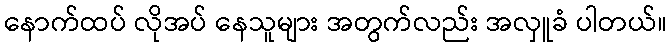
နောက်ထပ် လိုအပ် နေသူများ အတွက်လည်း အလှူခံ ပါတယ်။